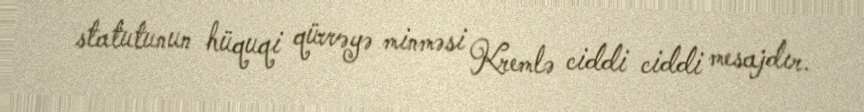
statutunun hüquqi qüvvəyə minməsi Kremlə ciddi ciddi mesajdır.